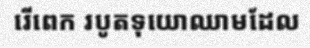
រើពេក របូតទុយោឈាមដែល